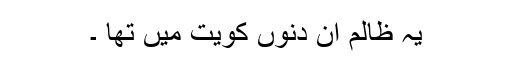
یہ ظالم ان دنوں کویت میں تھا ۔